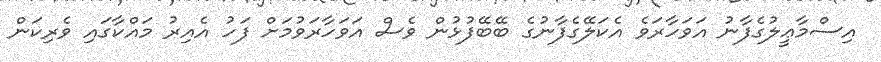
އިސްމާޢީލުގެފާނު އަވަހާރަވެ އެކަލޭގެފާނުގެ ބޭބޭފުޅުން ވެސް އަވަހާރަވުމަށް ފަހު އެއިރު މައްކާގައި ވެރިކަން